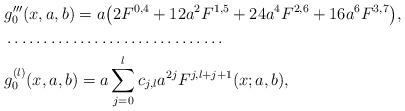
LaTeX: \begin{align*}&g'''_0(x,a,b)=a\bigl(2F^{0,4}+12a^2F^{1,5}+24a^4F^{2,6}+16a^6F^{3,7}\bigr),\\&\ldots\ldots\ldots\ldots\ldots\ldots\ldots\ldots\ldots\ldots\\&g_0^{(l)}(x,a,b)=a\sum_{j=0}^lc_{j,l}a^{2j}F^{j,l+j+1}(x;a,b), \end{align*}